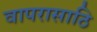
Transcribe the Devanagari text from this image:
वापरासाठि